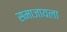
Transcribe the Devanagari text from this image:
समाजायला